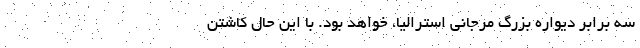
سه برابر دیواره بزرگ مرجانی استرالیا، خواهد بود. با این حال کاشتن